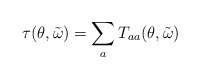
\begin{align*}\tau(\theta,\tilde{\omega})=\sum_{a}T_{aa}(\theta,\tilde{\omega})\end{align*}